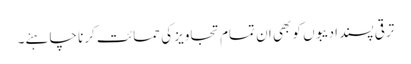
ترقی پسند ادیبوں کو بھی ان تمام تجاویز کی حمائت کرنا چاہئے۔